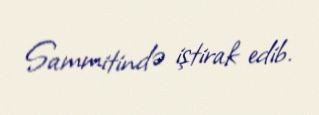
Sammitində iştirak edib.